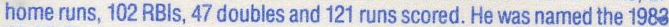
home runs, 102 RBIs, 47 doubles and 121 runs scored. He was named the 1983